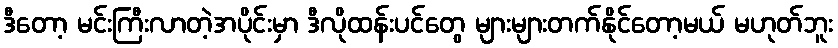
ဒီတော့ မင်းကြီးလာတဲ့အပိုင်းမှာ ဒီလိုထန်းပင်တွေ များများတက်နိုင်တော့မယ် မဟုတ်ဘူး